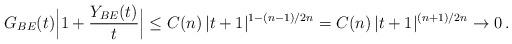
LaTeX: \begin{align*}G_{BE}(t)\Big|1+\frac{Y_{BE}(t)}t\Big|\le C(n)\,|t+1|^{1-(n-1)/2n}=C(n)\,|t+1|^{(n+1)/2n}\to 0\,.\end{align*}